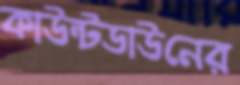
কাউন্টডাউনের